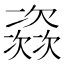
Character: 𱤺